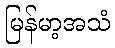
မြန်မာ့အသံ